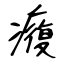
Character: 癁